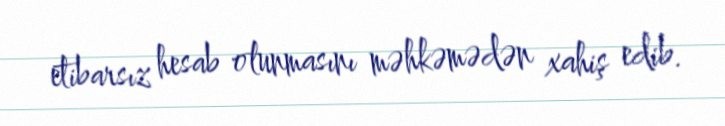
etibarsız hesab olunmasını məhkəmədən xahiş edib.